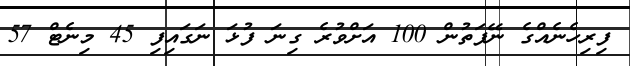
ފިރިހެނެއްގެ ނޭފަތުން 100 އަށްވުރެ ގިނަ ފުޅަ ނަގައިފި 45 މިނެޓް 57